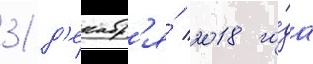
31 д'екабр'я́ 2018 го́да